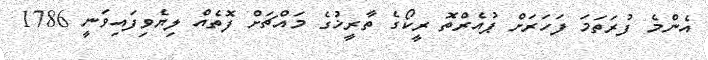
އެންމެ ފުރަތަމަ ފަހަރަށް ޕުއެރްތޮ ރީކޯގެ ތާރީޚުގެ މައްޗަށް ފޮތެއް ލިޔެެވިފައިވަނީ 1786